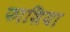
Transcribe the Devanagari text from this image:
फाशिया